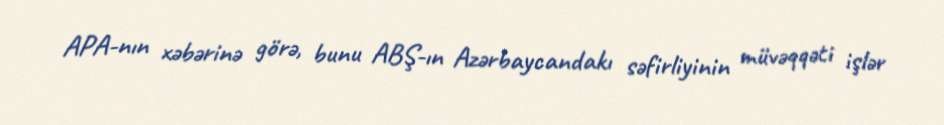
APA-nın xəbərinə görə, bunu ABŞ-ın Azərbaycandakı səfirliyinin müvəqqəti işlər